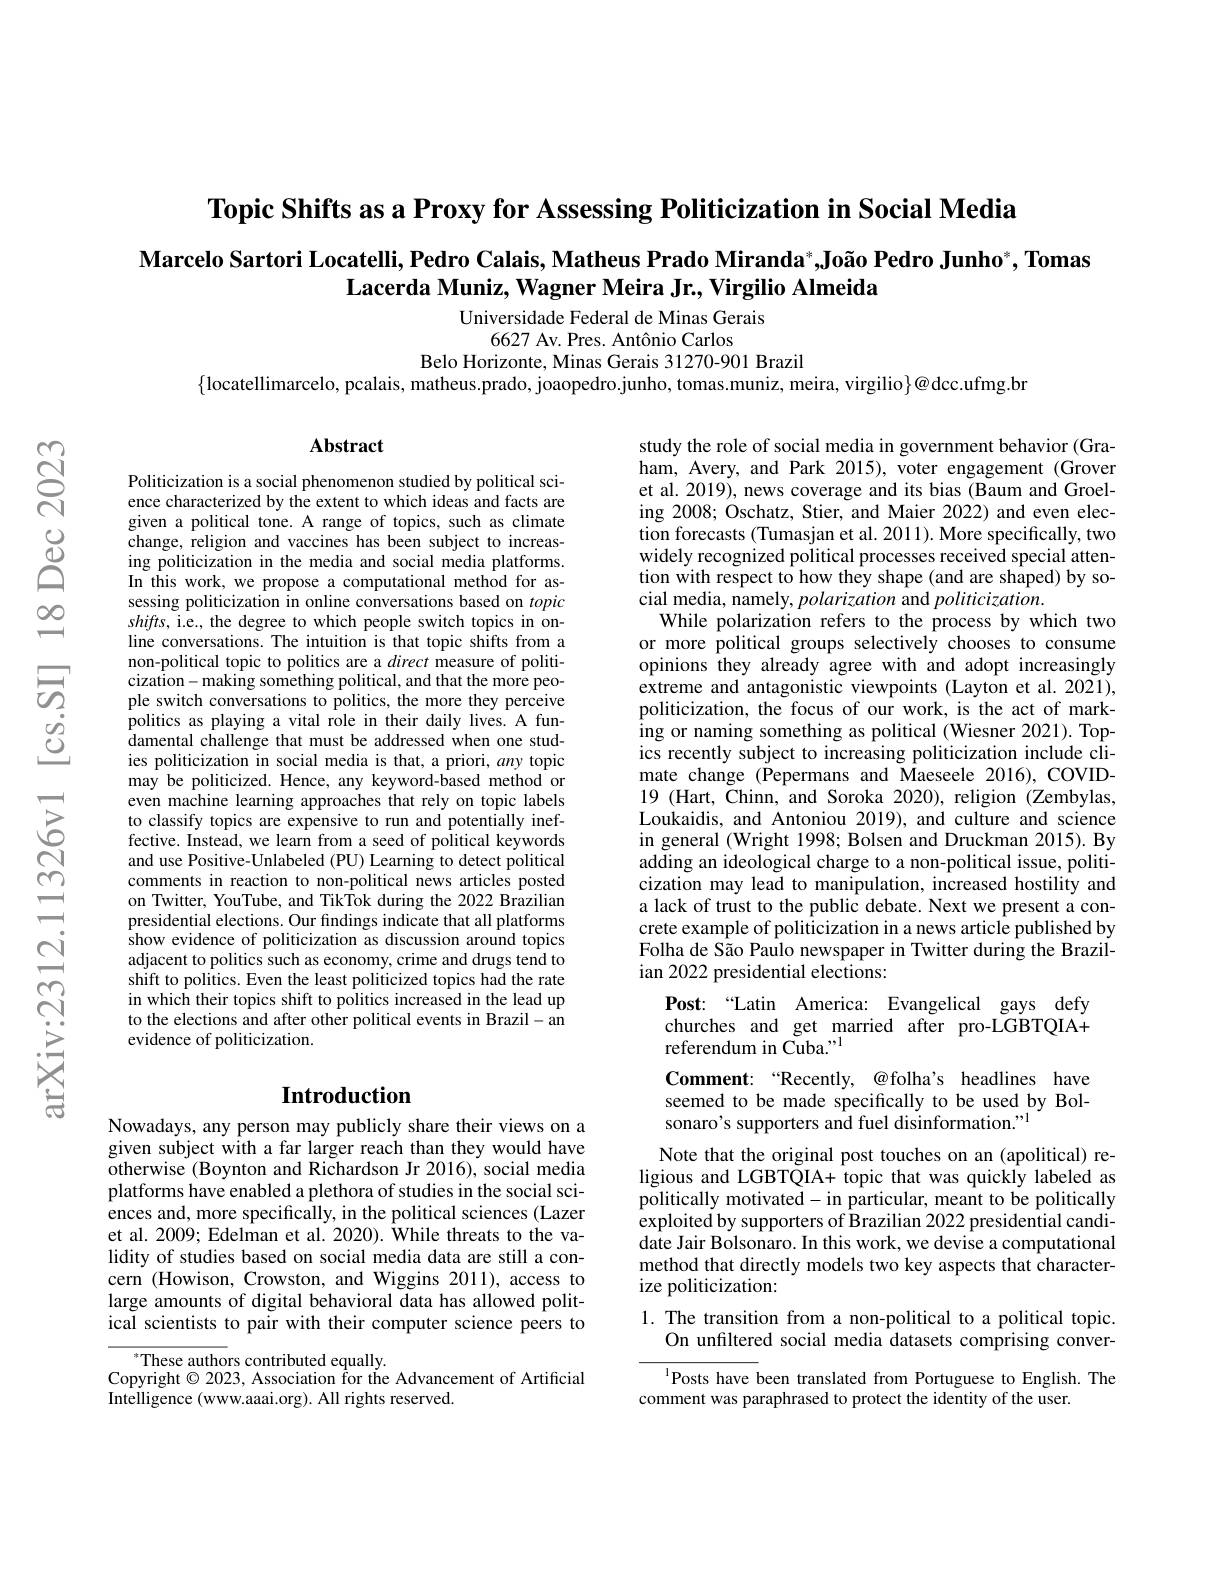
Topic Shifts as a Proxy for Assessing Politicization in Social Media

Marcelo Sartori Locatelli, Pedro Calais, Matheus Prado Miranda*,João Pedro Junho*, Tomas
$\textbf{Lacerda Muniz, Wagner Meira Jr. , Virgilio Almeida}$

Universidade Federal de Minas Gerais
6627 Av. Pres. Antônio Carlos
Belo Horizonte, Minas Gerais 31270-901 Brazil

$\{$locatellimarcelo, pcalais, matheus.prado, joaopedro.junho, tomas.muniz, meira, virgilio$\}@$dcc.ufmg.br

### $\mathbf{Abstract}$

study the role of social media in government behavior (Graham, Avery, and Park 2015), voter engagement (Grover et al. 2019), news coverage and its bias (Baum and Groeling 2008; Oschatz, Stier, and Maier 2022) and even election forecasts (Tumasjan et al. 2011). More specifically, two widely recognized political processes received special attention with respect to how they shape (and are shaped) by social media, namely, polarization and politicization
While polarization refers to the process by which two or more political groups selectively chooses to consume opinions they already agree with and adopt increasingly extreme and antagonistic viewpoints (Layton et al.2021), politicization, the focus of our work, is the act of marking or naming something as political (Wiesner 2021). Topics recently subject to increasing politicization include climate change (Pepermans and Maeseele 2016),COVID- 19 (Hart, Chinn, and Soroka 2020), religion (Zembylas, Loukaidis, and Antoniou 2019), and culture and science in general (Wright 1998; Bolsen and Druckman 2015). By adding an ideological charge to a non-political issue, politicization may lead to manipulation, increased hostility and a lack of trust to the public debate. Next we present a concrete example of politicization in a news article published by Folha de São Paulo newspaper in Twitter during the Brazilian 2022 presidential elections:
Post: “Latin America: Evangelical gays defy churches and get married after pro-LGBTQIA+

Politicization is a social phenomenon studied by political science characterized by the extent to which ideas and facts are given a political tone. A range of topics, such as climate change, religion and vaccines has been subject to increasing politicization in the media and social media platforms. In this work, we propose a computational method for assessing politicization in online conversations based on topic shifts, i.e., the degree to which people switch topics in online conversations. The intuition is that topic shifts from a non-political topic to politics are a direct measure of politicization- making something political, and that the more people switch conversations to politics, the more they perceive politics as playing a vital role in their daily lives. A fundamental challenge that must be addressed when one studies politicization in social media is that, a priori, any topic may be politicized. Hence, any keyword-based method or even machine learning approaches that rely on topic labels to classify topics are expensive to run and potentially ineffective. Instead, we learn from a seed of political keywords and use Positive-Unlabeled (PU) Learning to detect political comments in reaction to non-political news articles posted on Twitter, YouTube, and TikTok during the 2022 Brazilian presidential elections. Our findings indicate that all platforms show evidence of politicization as discussion around topics adjacent to politics such as economy, crime and drugs tend to shift to politics. Even the least politicized topics had the rate in which their topics shift to politics increased in the lead up to the elections and after other political events in Brazil- an evidence of politicization.

referendum in Cuba."1

## Introduction

Comment:“Recently,@folha's headlines have seemed to be made specifically to be used by Bolsonaro's supporters and fuel disinformation."1

Note that the original post touches on an (apolitical) religious and LGBTQIA+ topic that was quickly labeled as politically motivated- in particular, meant to be politically exploited by supporters of Brazilian 2022 presidential candidate Jair Bolsonaro. In this work, we devise a computational method that directly models two key aspects that characterize politicization:

Nowadays, any person may publicly share their views on a given subject with a far larger reach than they would have otherwise (Boynton and Richardson Jr 2016), social media platforms have enabled a plethora of studies in the social sciences and, more specifically, in the political sciences (Lazer et al. 2009; Edelman et al. 2020). While threats to the validity of studies based on social media data are still a concern (Howison, Crowston, and Wiggins 2011), access to large amounts of digital behavioral data has allowed political scientists to pair with their computer science peers to

## 1. The transition from a non-political to a political topic. On unfiltered social media datasets comprising conver-

$^*$These authors contributed equally.
Copyright $\odot2023$, Association for the Advancement of Artificial
Intelligence (www.aaai.org). All rights reserved.

$^{1}$Posts have been translated from Portuguese to English. The
comment was paraphrased to protect the identity of the user.